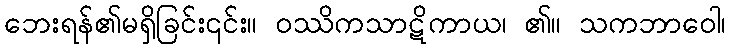
ဘေးရန်၏မရှိခြင်း၎င်း။ ဝဿိကသာဋိကာယ၊ ၏။ သကဘာဝေါ၊